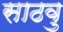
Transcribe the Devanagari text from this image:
साठवु